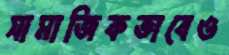
সামাজিকভাবেও